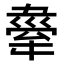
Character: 𤛉